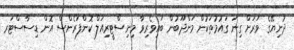
ދުނިޔޭގެ ވަރަށް ގިނަ ގައުމުތަކުން މަންދޫބުން ބައިވެރިވާ މިނިސްޓީރިއަލް ކޮންފަރެންސް އޮން ޑިސާސްޓަރ